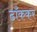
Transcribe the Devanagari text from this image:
ढाँककर